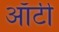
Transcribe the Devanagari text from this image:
आँटी